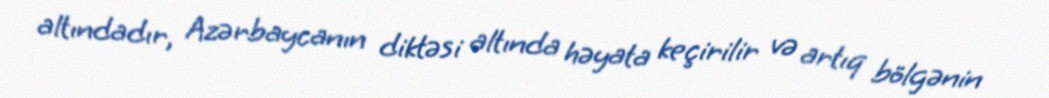
altındadır, Azərbaycanın diktəsi altında həyata keçirilir və artıq bölgənin